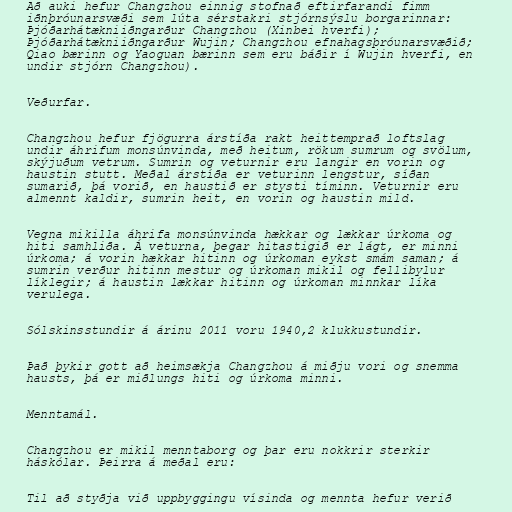
Að auki hefur Changzhou einnig stofnað eftirfarandi fimm
iðnþróunarsvæði sem lúta sérstakri stjórnsýslu borgarinnar:
Þjóðarhátækniiðngarður Changzhou (Xinbei hverfi);
Þjóðarhátækniiðngarður Wujin; Changzhou efnahagsþróunarsvæðið;
Qiao bærinn og Yaoguan bærinn sem eru báðir í Wujin hverfi, en
undir stjórn Changzhou).

Veðurfar.

Changzhou hefur fjögurra árstíða rakt heittemprað loftslag
undir áhrifum monsúnvinda, með heitum, rökum sumrum og svölum,
skýjuðum vetrum. Sumrin og veturnir eru langir en vorin og
haustin stutt. Meðal árstíða er veturinn lengstur, síðan
sumarið, þá vorið, en haustið er stysti tíminn. Veturnir eru
almennt kaldir, sumrin heit, en vorin og haustin mild.

Vegna mikilla áhrifa monsúnvinda hækkar og lækkar úrkoma og
hiti samhliða. Á veturna, þegar hitastigið er lágt, er minni
úrkoma; á vorin hækkar hitinn og úrkoman eykst smám saman; á
sumrin verður hitinn mestur og úrkoman mikil og fellibylur
líklegir; á haustin lækkar hitinn og úrkoman minnkar líka
verulega.

Sólskinsstundir á árinu 2011 voru 1940,2 klukkustundir.

Það þykir gott að heimsækja Changzhou á miðju vori og snemma
hausts, þá er miðlungs hiti og úrkoma minni.

Menntamál.

Changzhou er mikil menntaborg og þar eru nokkrir sterkir
háskólar. Þeirra á meðal eru:

Til að styðja við uppbyggingu vísinda og mennta hefur verið